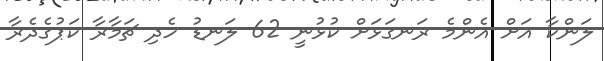
ލަންކާ އަށް އެންމެ ރަނގަޅަށް ކުޅުނީ 62 ލަނޑު ހެދި ޗަމާރާ ކަޕުގެދެރާ